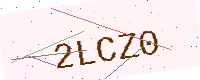
Text: 2LCZ0